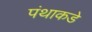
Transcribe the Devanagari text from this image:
पंथाकडे